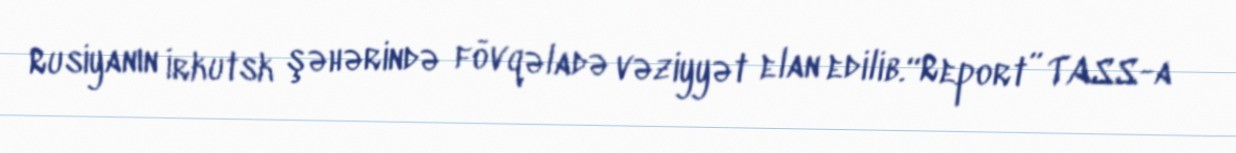
Rusiyanın İrkutsk şəhərində fövqəladə vəziyyət elan edilib.“Report” TASS-a